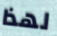
لهذا